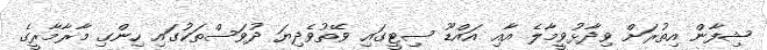
ޝިފާން އިތުރަށް ވިދާޅުވީމާލެ އާއި އައްޑޫ ސިޓީގައި ވޭތުވެދިޔަ ދުވަސްތަކުގައި ހިންގި މާރާމާރީގެ